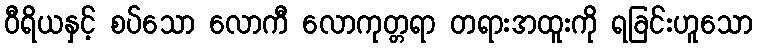
ဝီရိယနှင့် စပ်သော လောကီ လောကုတ္တရာ တရားအထူးကို ရခြင်းဟူသော